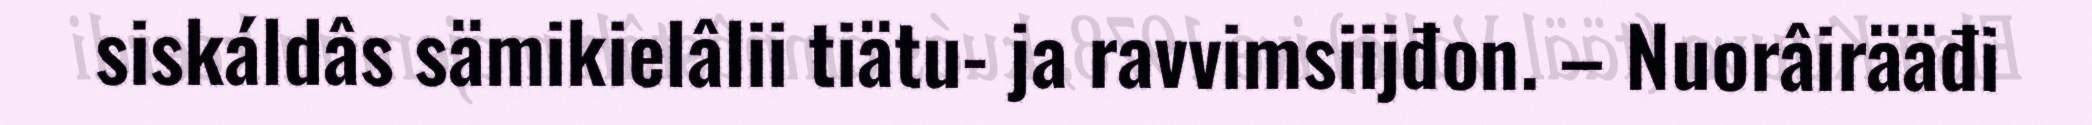
siskáldâs sämikielâlii tiätu- ja ravvimsiijđon. – Nuorâirääđi